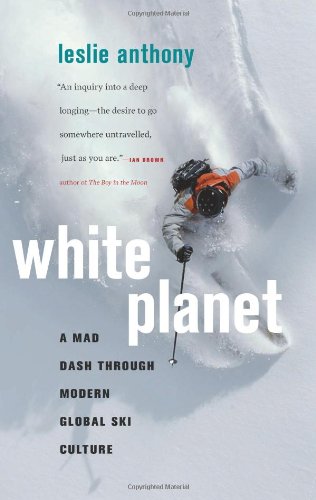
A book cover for White Planet: A Mad Dash through Modern Global Ski Culture; Leslie Anthony; Travel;